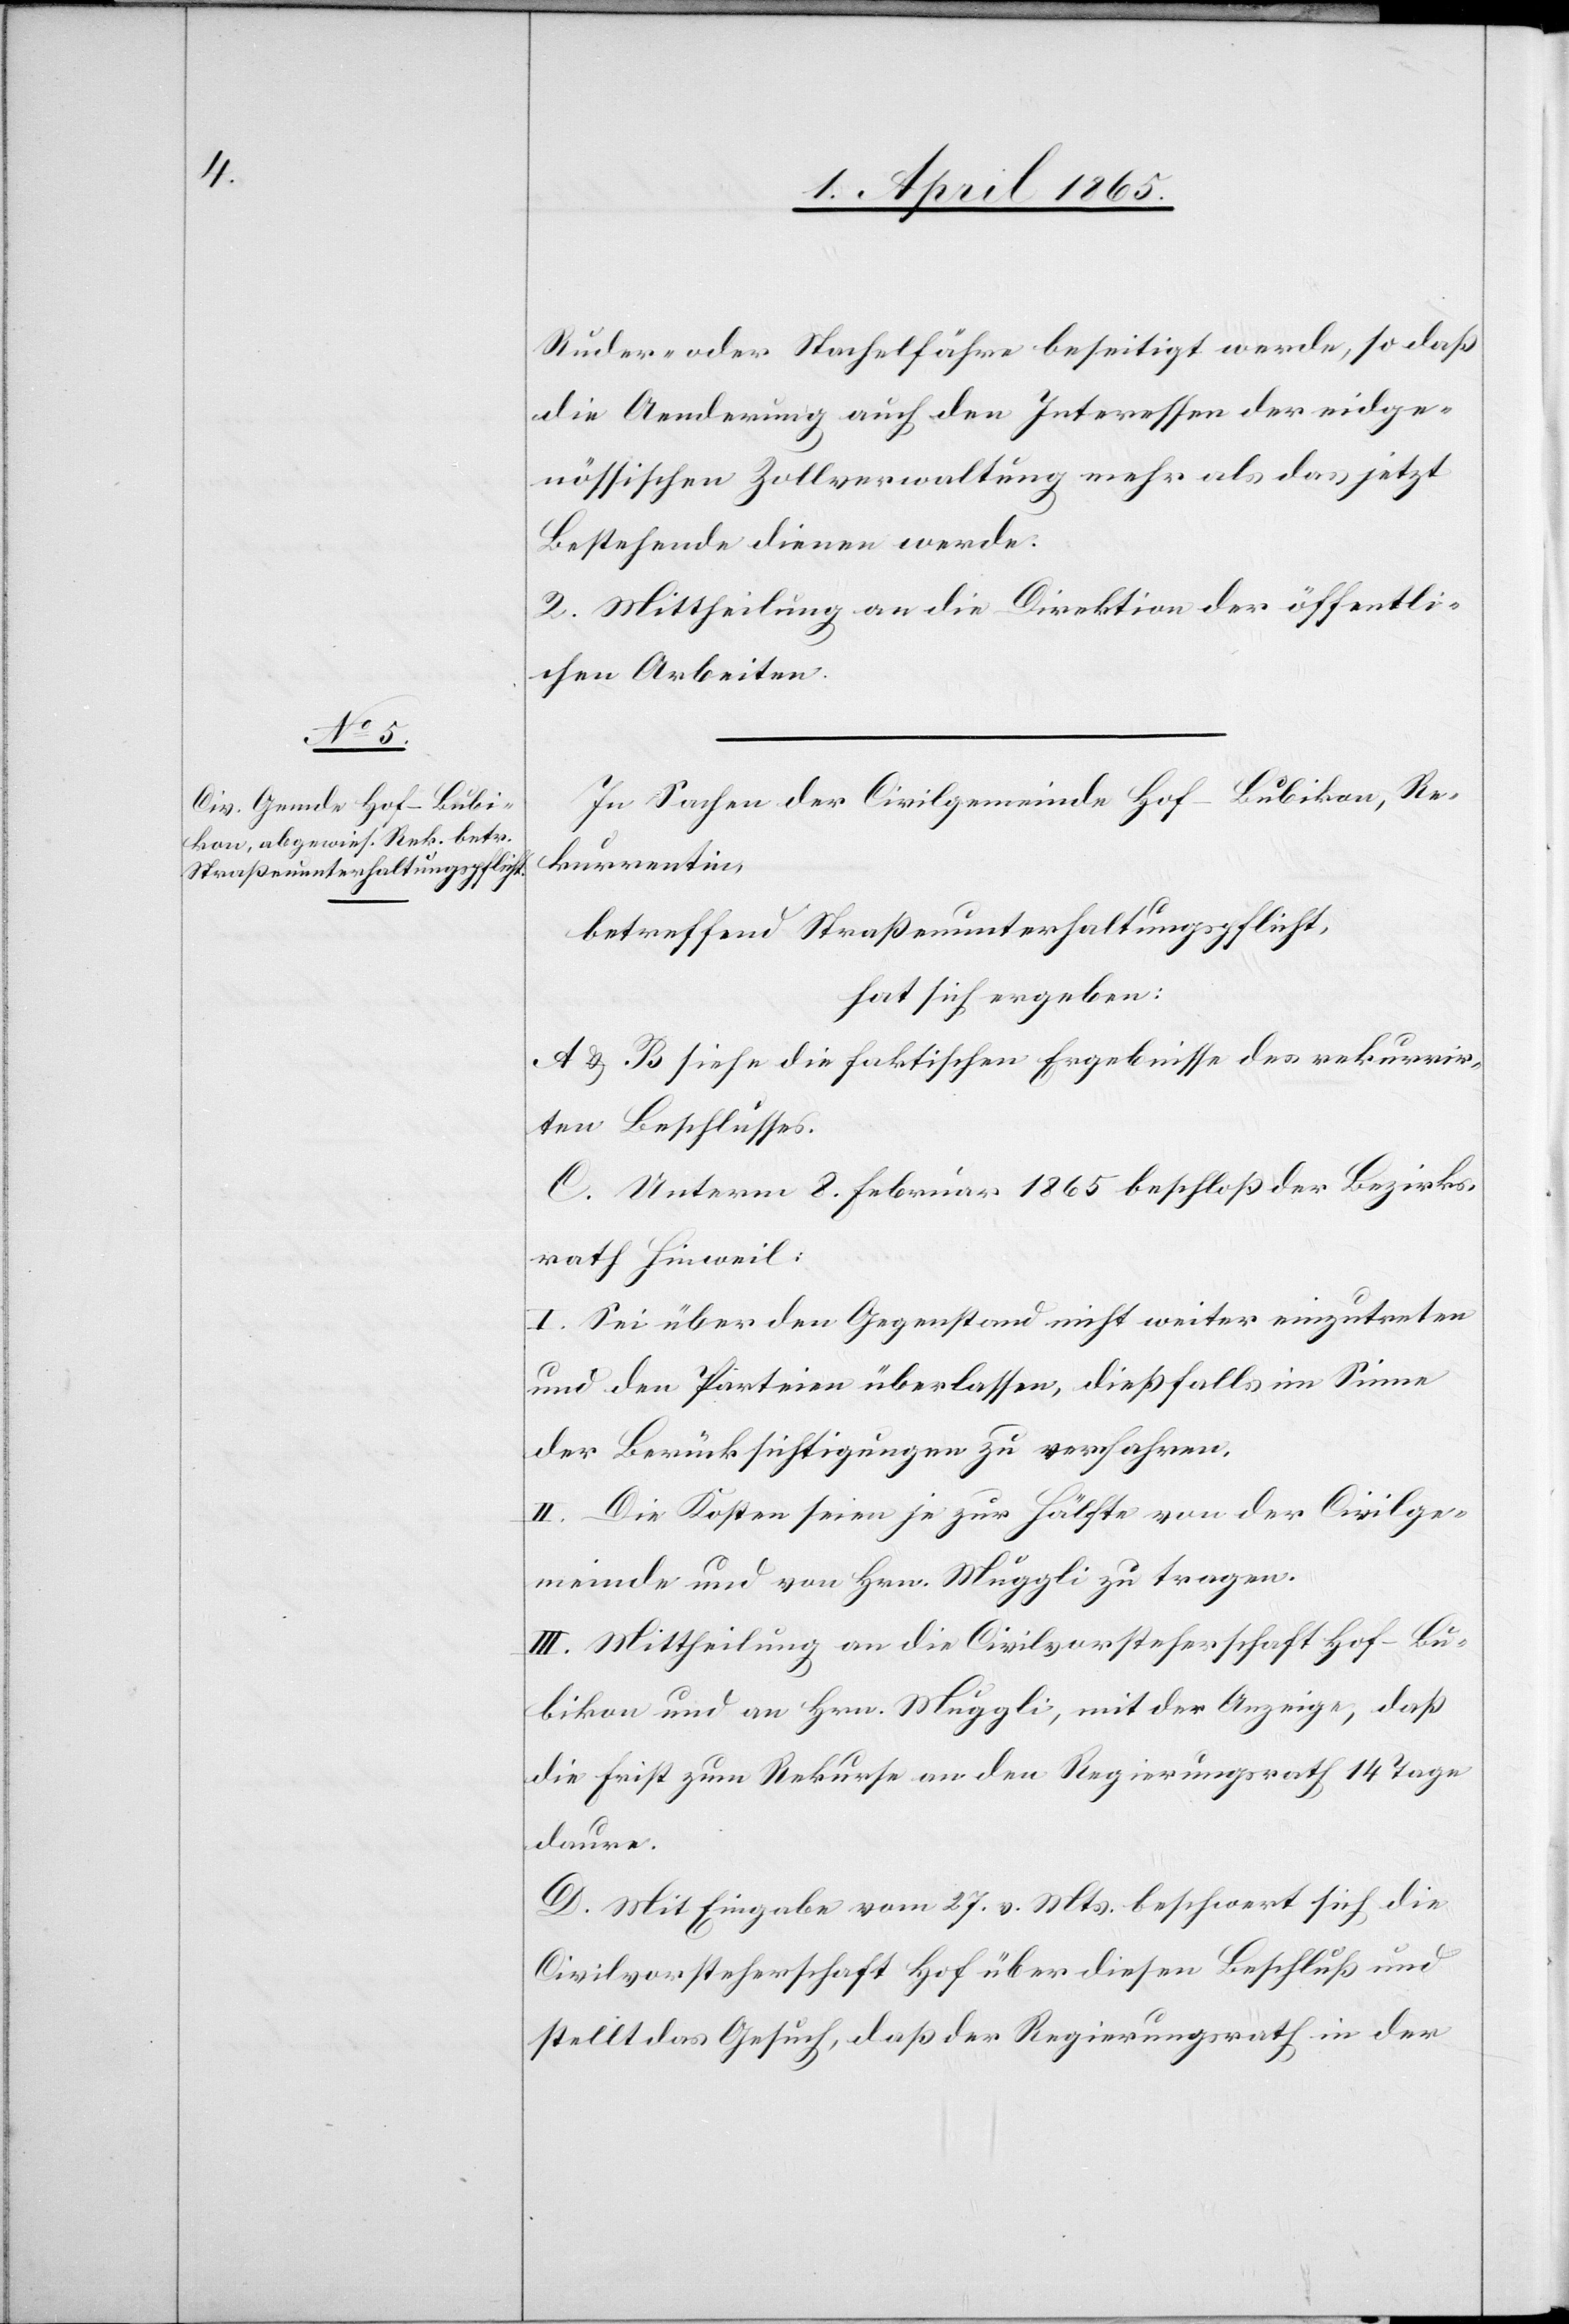
Ruder- oder Stachelfähre beseitigt werde, so daß
die Aenderung auch den Interessen der eidge¬
nössischen Zollverwaltung mehr als das jetzt
Bestehende dienen werde.
2. Mittheilung an die Direktion der öffentli¬
chen Arbeiten.
In Sachen der Civilgemeinde Hof-Bubikon, Re¬
kurrentin,
betreffend Straßenunterhaltungspflicht,
hat sich ergeben:
A & B siehe die faktischen Ergebnisse des rekurrir¬
ten Beschlusses.
C. Unterm 8. Februar 1865 beschloß der Bezirks¬
rath Hinweil:
I. Sei über den Gegenstand nicht weiter einzutreten
und den Parteien überlassen, dießfalls im Sinne
der Berücksichtigungen zu verfahren.
II. Die Kosten seien je zur Hälfte von der Civilge¬
meinde und von Hrn. Muggli zu tragen.
III. Mittheilung an die Civilvorsteherschaft Hof-Bu¬
bikon und an Hrn. Muggli, mit der Anzeige, daß
die Frist zum Rekurse an den Regierungsrath 14 Tage
daure.
D. Mit Eingabe vom 27. v. Mts. beschwert sich die
Civilvorsteherschaft Hof über diesen Beschluß und
stellt das Gesuch, daß der Regierungsrath in der